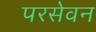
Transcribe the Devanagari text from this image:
परसेवन